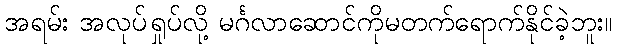
အရမ်း အလုပ်ရှုပ်လို့ မင်္ဂလာဆောင်ကိုမတက်ရောက်နိုင်ခဲ့ဘူး။